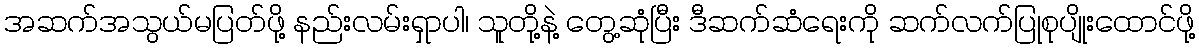
အဆက်အသွယ်မပြတ်ဖို့ နည်းလမ်းရှာပါ၊ သူတို့နဲ့ တွေ့ဆုံပြီး ဒီဆက်ဆံရေးကို ဆက်လက်ပြုစုပျိုးထောင်ဖို့